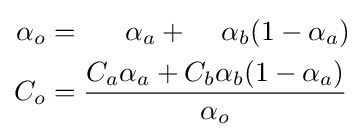
{\begin{aligned}\alpha _{o}&={\phantom {~C_{a}}}\alpha _{a}+{\phantom {C_{b}}}\alpha _{b}(1-\alpha _{a})\\C_{o}&={\frac {C_{a}\alpha _{a}+C_{b}\alpha _{b}(1-\alpha _{a})}{\alpha _{o}}}\end{aligned}}